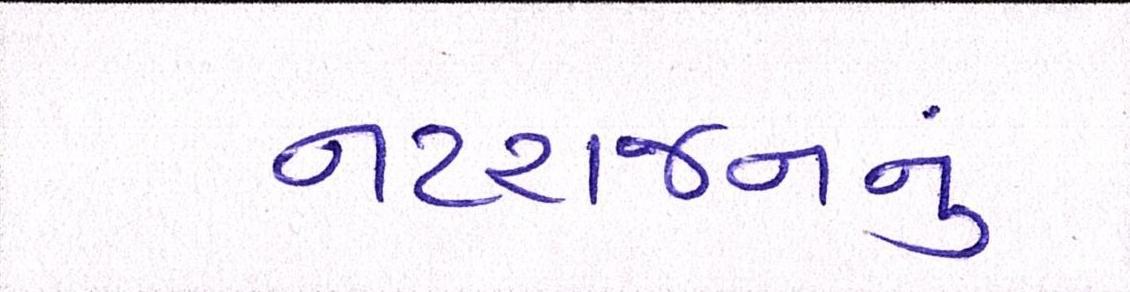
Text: નટરાજનનું